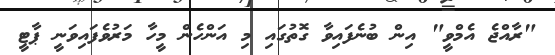
"ރާއްޖެ އެމްވީ" އިން ބުނެފައިވާ ގޮތުގައި މި އަންހެން މީހާ މަރުވެފައިވަނީ ޕާޓީ